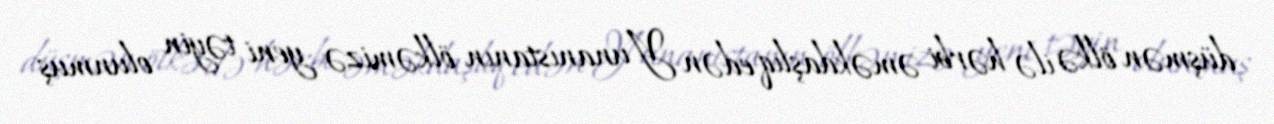
düşmən ölkə ilə hərbi əməkdaşlıq edən Yunanıstanın ölkəmizə yeni təyin olunmuş